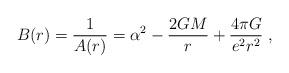
LaTeX: \begin{align*}B(r)=\frac1{A(r)}=\alpha^2-\frac{2GM}r+\frac{4\pi G}{e^2r^2} \ ,\end{align*}